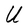
Character: U